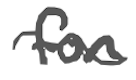
Text: for
Cross-out: wave
Writing tool: digital_gray